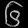
Digit: ၆